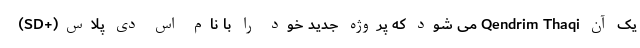
یک آن Qendrim Thaqi می شود که پروژه جدید خود را با نام اس دی پلاس(+SD)